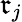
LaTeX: \mathfrak{r}_{j}